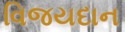
વિજયદાન